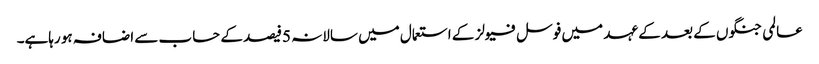
عالمی جنگوں کے بعد کے عہد میں فوسل فیولز کے استعمال میں سالانہ 5فیصد کے حساب سے اضافہ ہو رہاہے۔